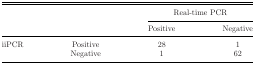
|  |  | <COLSPAN=2> Real-time PCR |
 |  |  | Positive | Negative |
 | --- | --- | --- | --- |
 | iiPCR | Positive | 28 | 1 |
 |  | Negative | 1 | 62 |